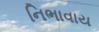
નિભાવાય